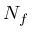
N _ { f }